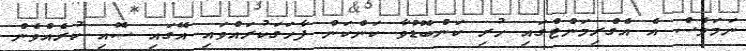
ނަމަވެސް އެ އެގްރިމަންޓްގައި ހުރި ކަންބޮޑުވާ ކަންކަން ފާހަގަކުރައްވައި އޭގައި ސޮއި ކުރެއްވެން